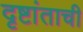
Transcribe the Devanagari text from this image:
दृष्टांताची